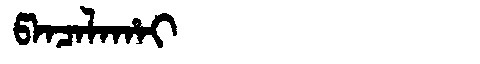
Manchu: ᡦᠠᠨᠴᠠᠯᠠᡥᠠᡳ
Romanization: PANCALAHAI